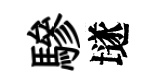
驂𡑞